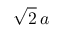
\sqrt { 2 } \, a